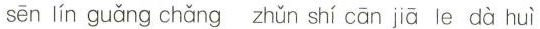
sēn lín guǎng chǎng zhǔn shí cān jiā le dà huì